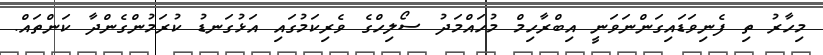
މިހާރު ތި ފެނިވަޑައިގަންނަވަނީ އިބްރާހިމް މުހައްމަދު ސޯލިހްގެ ވެރިކަމުގައި އަޅުގަނޑު ކުރަމުންގެންދާ ކަންތައް.